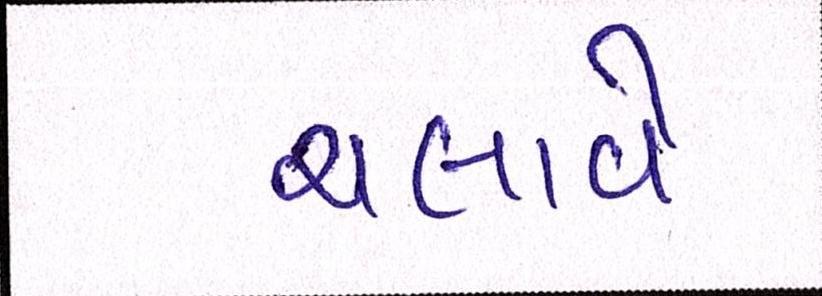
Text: ચલાવે